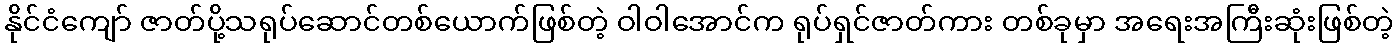
နိုင်ငံကျော် ဇာတ်ပို့သရုပ်ဆောင်တစ်ယောက်ဖြစ်တဲ့ ဝါဝါအောင်က ရုပ်ရှင်ဇာတ်ကား တစ်ခုမှာ အရေးအကြီးဆုံးဖြစ်တဲ့